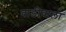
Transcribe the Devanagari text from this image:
वाडीवाला